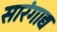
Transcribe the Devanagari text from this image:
सारंगाद्य